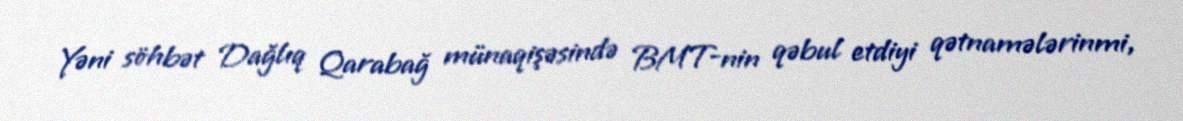
Yəni söhbət Dağlıq Qarabağ münaqişəsində BMT-nin qəbul etdiyi qətnamələrinmi,